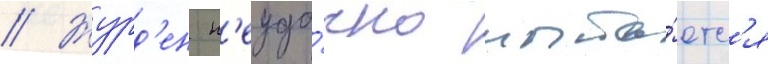
// Журд'ен н'еуда́чно пыта́етс'я